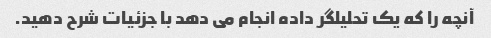
آنچه را که یک تحلیلگر داده انجام می دهد با جزئیات شرح دهید.